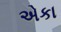
એકા